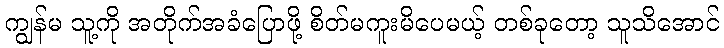
ကျွန်မ သူ့ကို အတိုက်အခံပြောဖို့ စိတ်မကူးမိပေမယ့် တစ်ခုတော့ သူသိအောင်